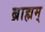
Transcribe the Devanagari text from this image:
ब्राह्मम्